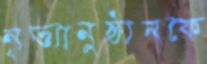
নৃত্যানুষ্ঠানকে